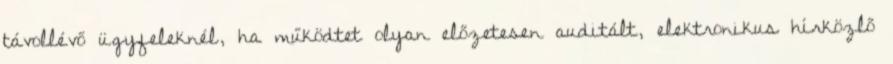
távollévő ügyfeleknél, ha működtet olyan előzetesen auditált, elektronikus hírközlő